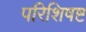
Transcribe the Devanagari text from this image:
परिशिषष्ट